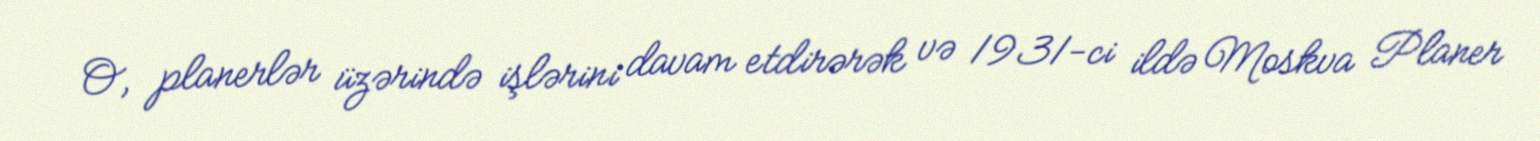
O, planerlər üzərində işlərini davam etdirərək və 1931-ci ildə Moskva Planer